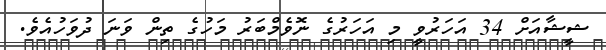
ޝީޝާއަށް 34 އަހަރުވީ މި އަހަރުގެ ނޮވެމްބަރު މަހުގެ ތިން ވަނަ ދުވަހުއެވެ.